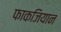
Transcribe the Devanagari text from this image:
फाकजियान